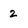
Character: 2